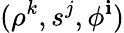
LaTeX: (\rho^{k},s^{j},\phi^{\mathbf{i}})